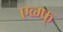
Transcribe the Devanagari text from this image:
एव्ग्फ्